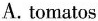
-Yes, they are.